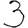
Digit: 3